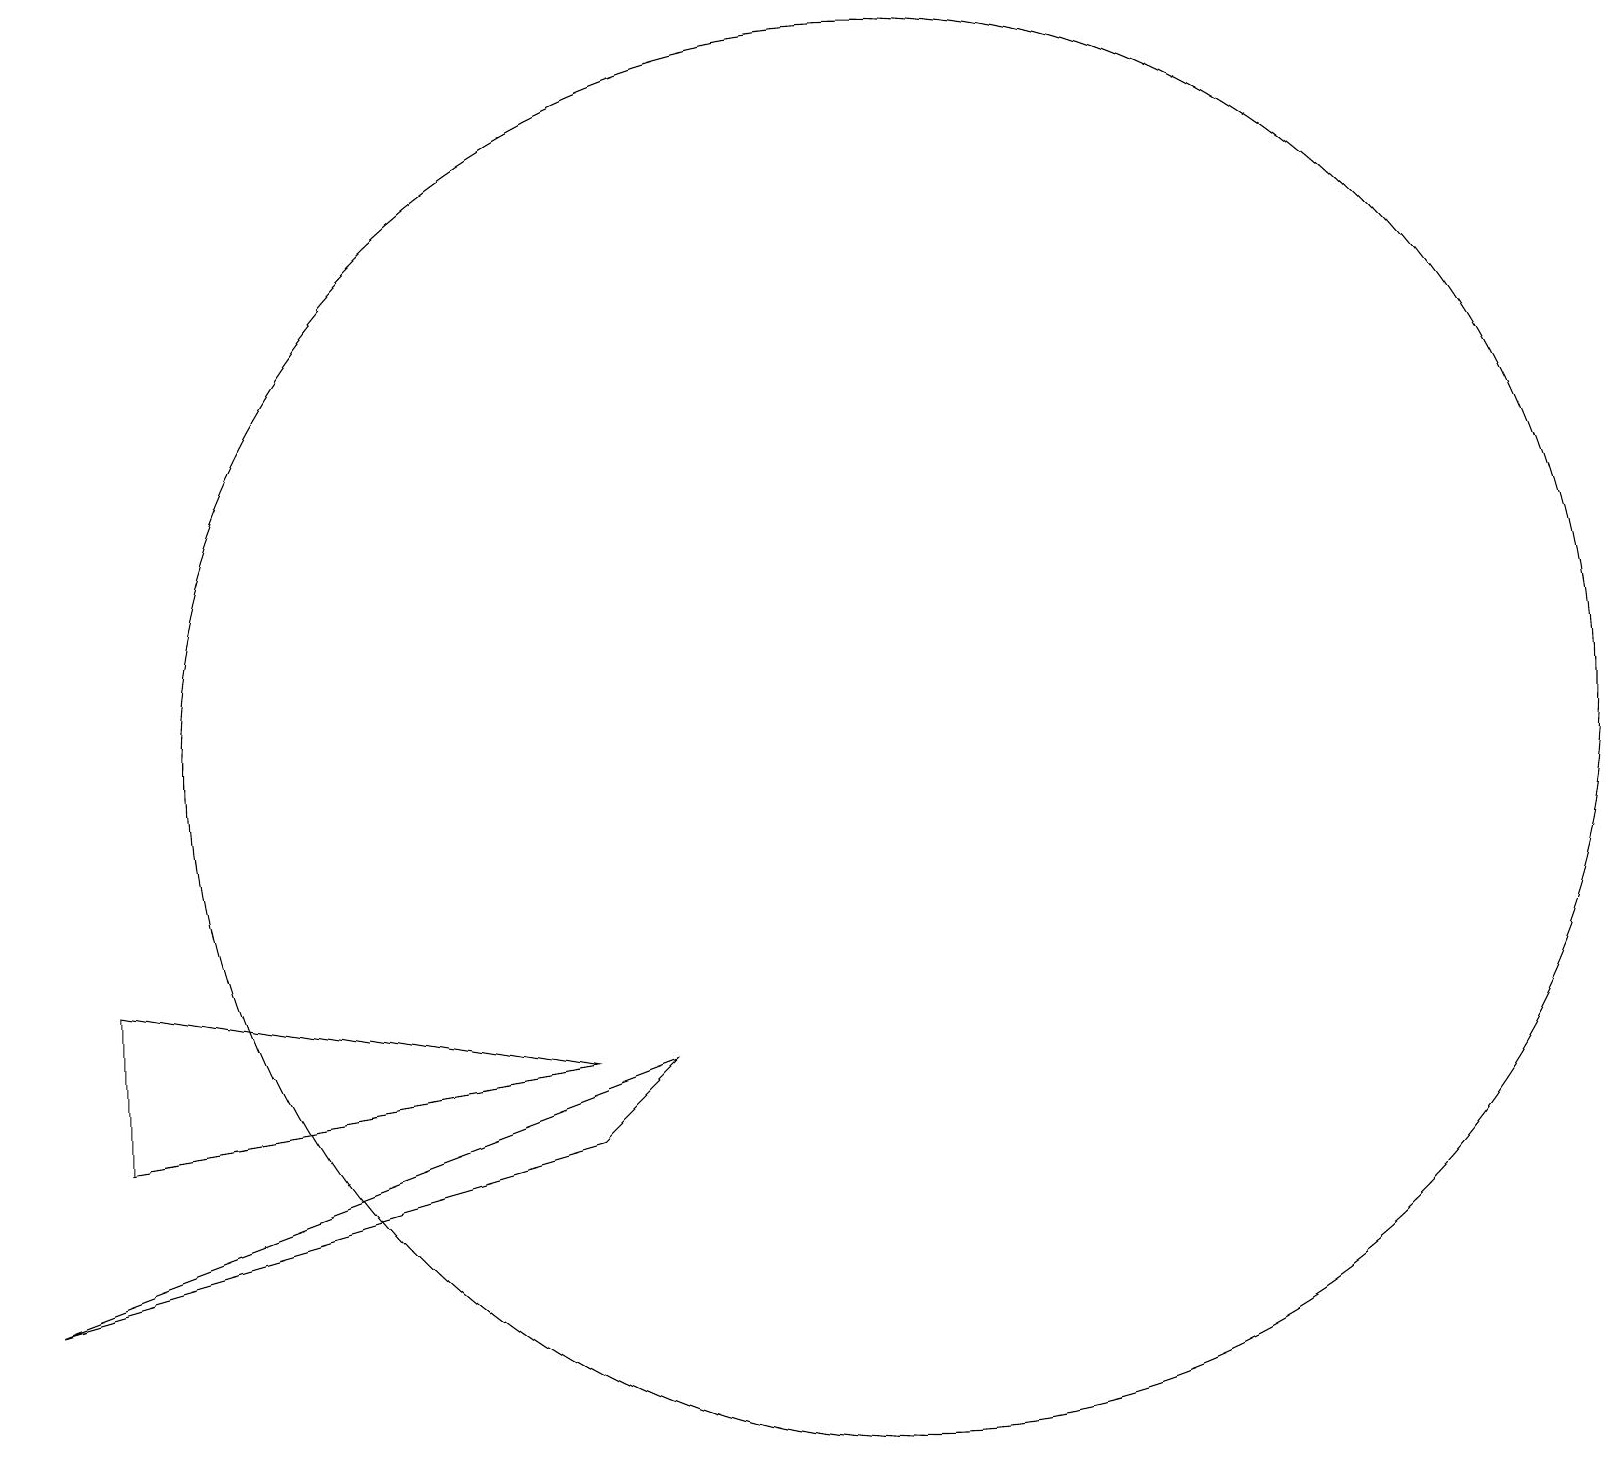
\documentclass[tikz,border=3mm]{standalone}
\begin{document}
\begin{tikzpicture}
\draw (2,8) -- (8,7) -- (2,6) -- cycle;
\draw (8,6) -- (1,4) -- (9,7) -- cycle;
\draw (12,11) circle (9);
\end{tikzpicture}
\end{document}